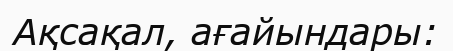
Ақсақал, ағайындары: